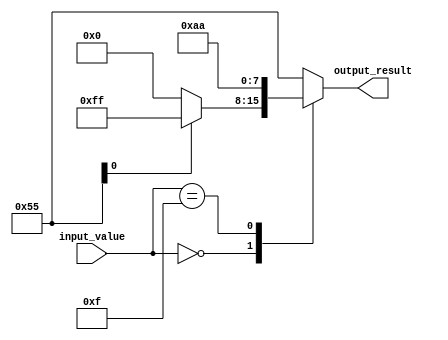
module case_if_else (
    input [3:0] input_value,
    output reg [7:0] output_result
);

always @ (*) begin
    case (input_value)
        4'b0000: if (condition1) begin
                    /* behavior for condition 1 */
                    output_result = 8'b11111111;
                end
                else begin
                    /* behavior for condition 0 */
                    output_result = 8'b00000000;
                end
        
        4'b1111: begin
                    /* behavior for condition 15 */
                    output_result = 8'b10101010;
                end
        
        default: begin
                    /* behavior for other conditions */
                    output_result = 8'b01010101;
                end
    endcase
end

endmodule